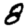
Digit: 8